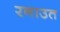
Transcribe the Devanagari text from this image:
रनाउत